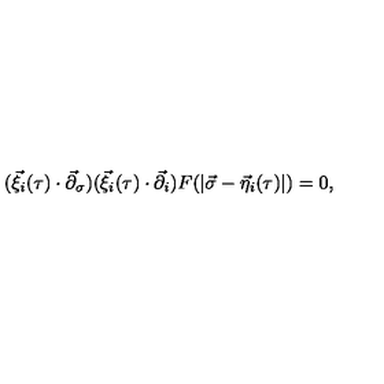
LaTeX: ( \vec { \xi } _ { i } ( \tau ) \cdot { \vec { \partial } } _ { \sigma } ) ( \vec { \xi } _ { i } ( \tau ) \cdot { \vec { \partial } } _ { i } ) F ( | \vec { \sigma } - \vec { \eta } _ { i } ( \tau ) | ) = 0 ,